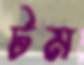
টম